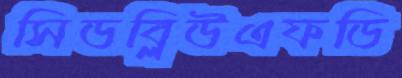
সিডব্লিউএফডি